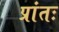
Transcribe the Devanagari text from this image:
प्रांतः